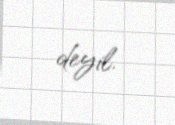
deyil.